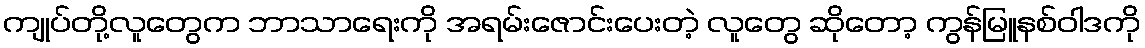
ကျုပ်တို့လူတွေက ဘာသာရေးကို အရမ်းဇောင်းပေးတဲ့ လူတွေ ဆိုတော့ ကွန်မြူနစ်ဝါဒကို